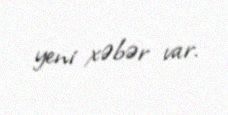
yeni xəbər var.